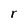
Character: r